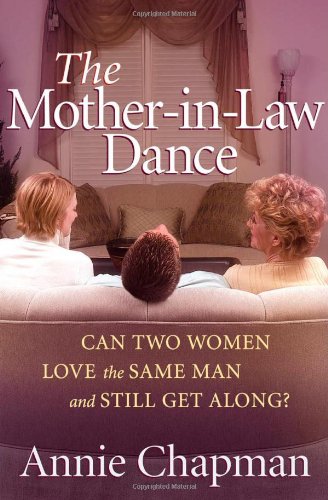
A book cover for The Mother-in-Law Dance: Can Two Women Love the Same Man and Still Get Along?; Annie Chapman; Parenting & Relationships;